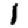
Digit: 1